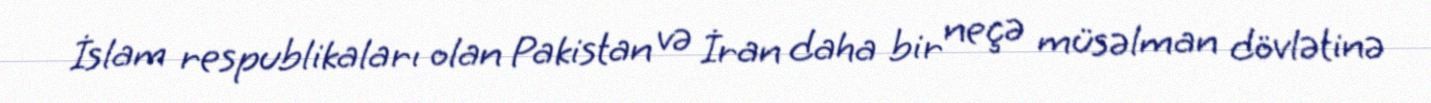
İslam respublikaları olan Pakistan və İran daha bir neçə müsəlman dövlətinə